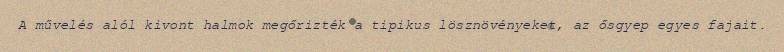
A művelés alól kivont halmok megőrizték a tipikus lösznövényeket, az ősgyep egyes fajait.